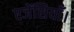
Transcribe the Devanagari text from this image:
एजेंसियाँ।